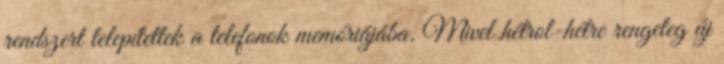
rendszert telepítettek a telefonok memóriájába. Mivel hétrol-hétre rengeteg új